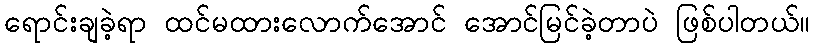
ရောင်းချခဲ့ရာ ထင်မထားလောက်အောင် အောင်မြင်ခဲ့တာပဲ ဖြစ်ပါတယ်။